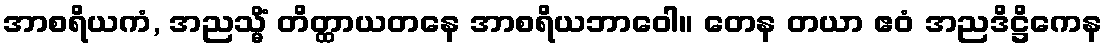
အာစရိယကံ, အညသ္မိံ တိတ္ထာယတနေ အာစရိယဘာဝေါ။ တေန တယာ ဧဝံ အညဒိဋ္ဌိကေန